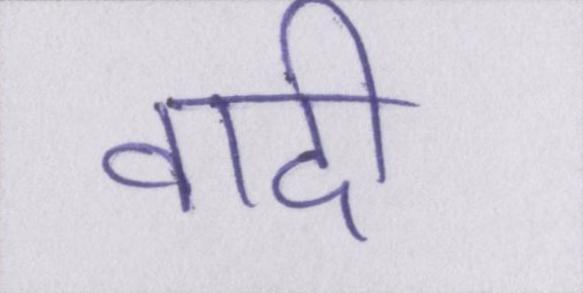
वादी